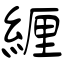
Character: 緾